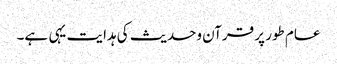
عام طور پر قرآن وحدیث کی ہدایت یہی ہے۔